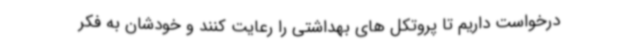
درخواست داریم تا پروتکل های بهداشتی را رعایت کنند و خودشان به فکر